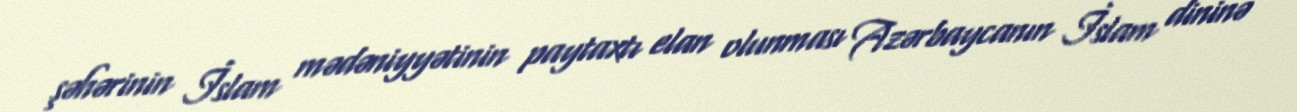
şəhərinin İslam mədəniyyətinin paytaxtı elan olunması Azərbaycanın İslam dininə